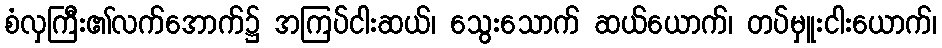
စံလှကြီး၏လက်အောက်၌ အကြပ်ငါးဆယ်၊ သွေးသောက် ဆယ်ယောက်၊ တပ်မှူးငါးယောက်၊